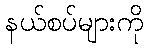
နယ်စပ်များကို